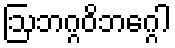
ဩဘဂ္ဂဝိဘဂ္ဂေါ